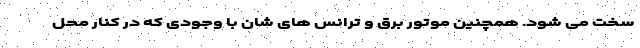
سخت می شود. همچنین موتور برق و ترانس های شان با وجودی که در کنار محل